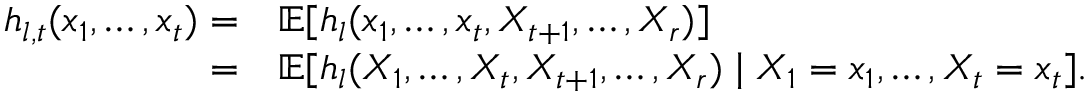
\begin{array} { r l } { h _ { l , t } ( x _ { 1 } , \ldots , x _ { t } ) = } & { \mathbb { E } [ h _ { l } ( x _ { 1 } , \ldots , x _ { t } , X _ { t + 1 } , \ldots , X _ { r } ) ] } \\ { = } & { \mathbb { E } [ h _ { l } ( X _ { 1 } , \ldots , X _ { t } , X _ { t + 1 } , \ldots , X _ { r } ) \mid X _ { 1 } = x _ { 1 } , \ldots , X _ { t } = x _ { t } ] . } \end{array}